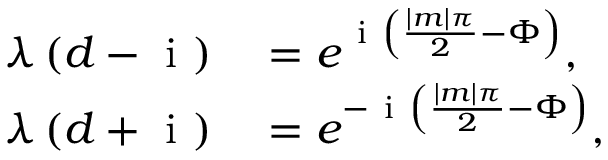
\begin{array} { r l } { \lambda \left( d - \mathrm { ~ i ~ } \right) } & { { } = e ^ { \mathrm { ~ i ~ } \left( \frac { | m | \pi } { 2 } - \Phi \right) } , } \\ { \lambda \left( d + \mathrm { ~ i ~ } \right) } & { { } = e ^ { - \mathrm { ~ i ~ } \left( \frac { | m | \pi } { 2 } - \Phi \right) } , } \end{array}